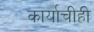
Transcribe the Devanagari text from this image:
कार्याचीही